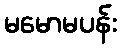
မမောမပန်း